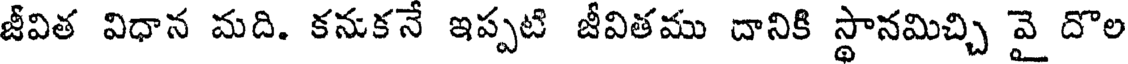
జీవిత విధాన మది. కనుకనే ఇప్పటి జీవితము దానికి స్థానమిచ్చి వై దొల